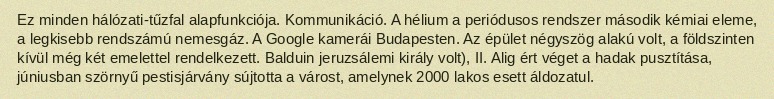
Ez minden hálózati-tűzfal alapfunkciója. Kommunikáció. A hélium a periódusos rendszer második kémiai eleme, a legkisebb rendszámú nemesgáz. A Google kamerái Budapesten. Az épület négyszög alakú volt, a földszinten kívül még két emelettel rendelkezett. Balduin jeruzsálemi király volt), II. Alig ért véget a hadak pusztítása, júniusban szörnyű pestisjárvány sújtotta a várost, amelynek 2000 lakos esett áldozatul.